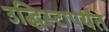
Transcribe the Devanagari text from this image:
उद्धिस्टापर्यंत